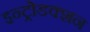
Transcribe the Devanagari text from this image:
इन्ट्रोडक्शन